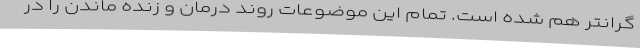
گرانتر هم شده است. تمام این موضوعات روند درمان و زنده ماندن را در